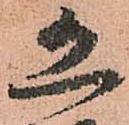
恐